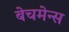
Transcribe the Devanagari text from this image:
बेचमेन्स